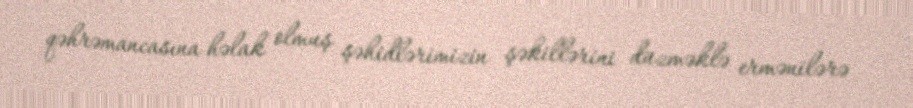
qəhrəmancasına həlak olmuş şəhidlərimizin şəkillərini düzməklə ermənilərə